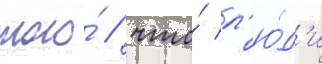
того́ / что́ л'ю́д'и